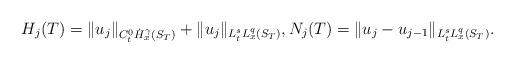
LaTeX: \begin{align*} H_j(T)=\|u_j\|_{C_t^0\dot{H}_x^\gamma(S_T)} + \|u_j\|_{L^s_t L^q_x (S_T)}, N_j(T)= \|u_j -u_{j-1}\|_{L^s_t L^q_x(S_T)}.\end{align*}